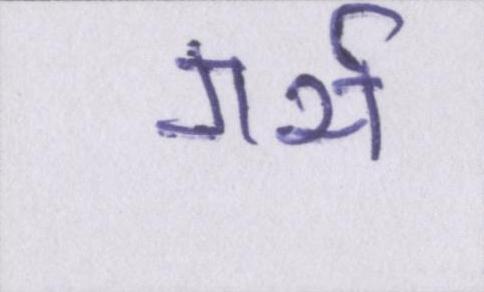
गर्भ